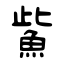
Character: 鮆